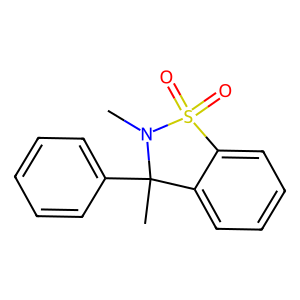
SMILES: CN1C(C)(c2ccccc2)c2ccccc2S1(=O)=O
Inhibits HIV replication: Yes